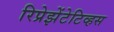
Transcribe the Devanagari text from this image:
रिप्रेझेंटेटिव्हस